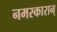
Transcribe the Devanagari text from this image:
नमस्कारान्